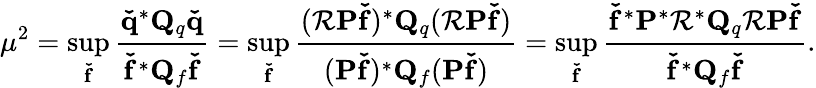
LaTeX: \mu^{2}=\operatorname*{sup}_{\mathbf{\check{f}}}\frac{\mathbf{\check{q}}^{*}{\mathbf{Q}_{q}}\mathbf{\check{q}}}{\mathbf{\check{f}}^{*}\mathbf{Q}_{f}\mathbf{\check{f}}}=\operatorname*{sup}_{\mathbf{\check{f}}}\frac{(\mathbf{\mathcal{R}P\check{f}})^{*}{\mathbf{Q}_{q}}(\mathbf{\mathcal{R}P\check{f}})}{(\mathbf{P\check{f}})^{*}\mathbf{Q}_{f}(\mathbf{P\check{f}})}=\operatorname*{sup}_{\mathbf{\check{f}}}\frac{\mathbf{\check{f}}^{*}\mathbf{P}^{*}\mathbf{\mathcal{R}}^{*}{\mathbf{Q}_{q}}\mathbf{\mathcal{R}P\check{f}}}{\mathbf{\check{f}}^{*}{\mathbf{Q}_{f}}\mathbf{\check{f}}}.